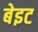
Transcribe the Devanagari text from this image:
बेइट